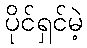
ပိုင်ရှင်မဲ့